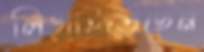
লিখাইতেছেন